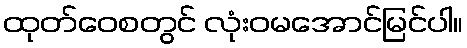
ထုတ်ဝေစတွင် လုံးဝမအောင်မြင်ပါ။